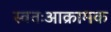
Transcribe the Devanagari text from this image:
स्वतःआक्रामक